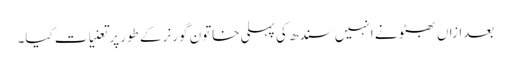
بعدازاں بھٹو نے انہیں سندھ کی پہلی خاتون گورنر کے طورپر تعنیات کیا۔